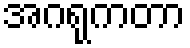
အဂရုကတာ